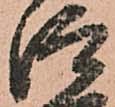
仰